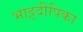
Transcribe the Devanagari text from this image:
भाट्टदीपिका